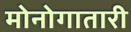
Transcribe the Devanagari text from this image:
मोनोगातारी